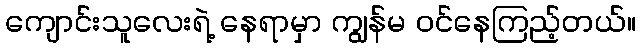
ကျောင်းသူလေးရဲ့ နေရာမှာ ကျွန်မ ဝင်နေကြည့်တယ်။